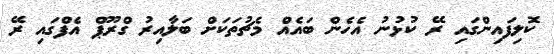
ކޮލިފައިންގައި ރޭ ކުޅުނު އެހެން ބައެއް މެޗުތަކަށް ބަލާއިރު ގްރޫޕް އެފްގައި ރޭ